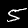
Label: 5